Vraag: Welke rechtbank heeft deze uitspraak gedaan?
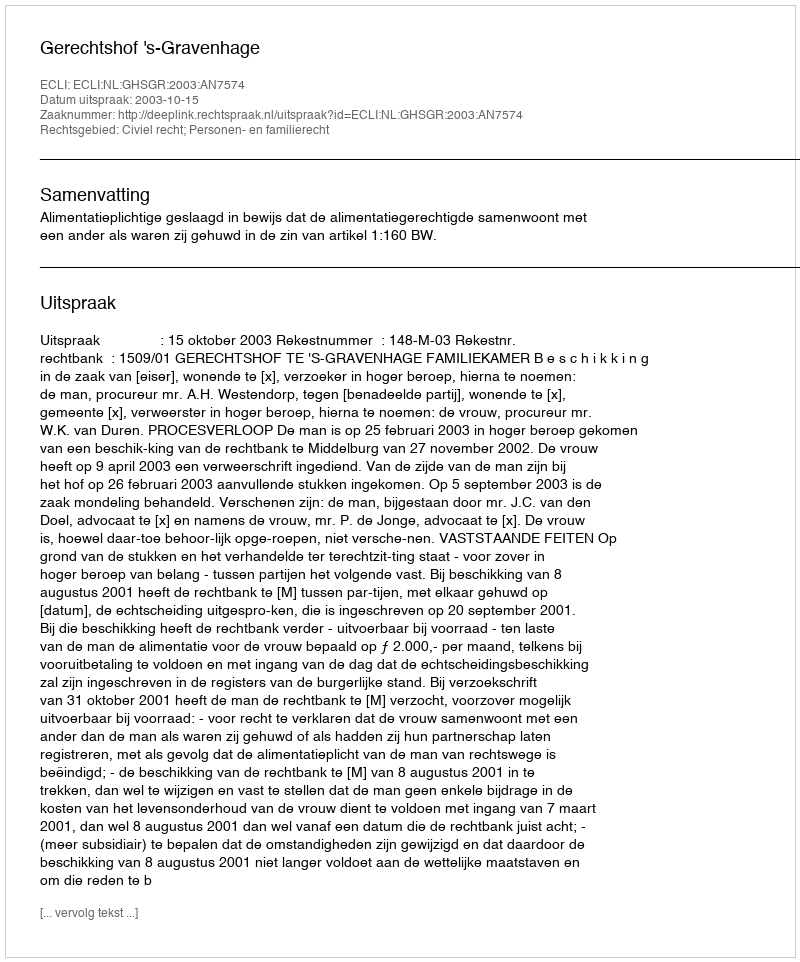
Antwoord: Gerechtshof 's-Gravenhage